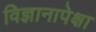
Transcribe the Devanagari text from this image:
विज्ञानापेक्षा